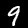
Digit: 9